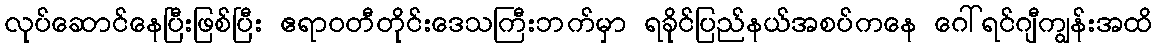
လုပ်ဆောင်နေပြီးဖြစ်ပြီး ဧရာဝတီတိုင်းဒေသကြီးဘက်မှာ ရခိုင်ပြည်နယ်အစပ်ကနေ ဂေါ်ရင်ဂျီကျွန်းအထိ